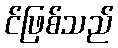
င်ဖြစ်သည်